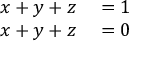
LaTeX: \begin{array} { r l } { x + y + z } & { { } = 1 } \\ { x + y + z } & { { } = 0 } \end{array}